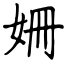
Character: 姍